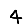
Digit: 4